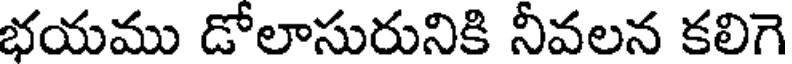
భయము డోలాసురునికి నీవలన కలిగె